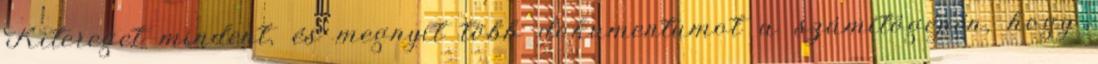
Kitereget mindent, és megnyit több dokumentumot a számítógépén, hogy